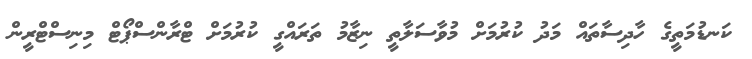
ކަނޑުމަތީގެ ހާދިސާތައް މަދު ކުރުމަށް މުވާސަލާތީ ނިޒާމު ތަރައްގީ ކުރުމަށް ޓްރާންސްޕޯޓް މިނިސްޓްރީން